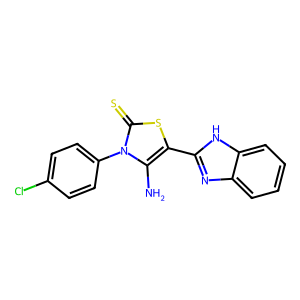
SMILES: Nc1c(-c2nc3ccccc3[nH]2)sc(=S)n1-c1ccc(Cl)cc1
Inhibits HIV replication: No